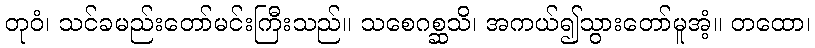
တုဝံ၊ သင်ခမည်းတော်မင်းကြီးသည်။ သစေဂစ္ဆသိ၊ အကယ်၍သွားတော်မူအံ့။ တထော၊